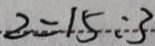
2 = 1 5 : 3